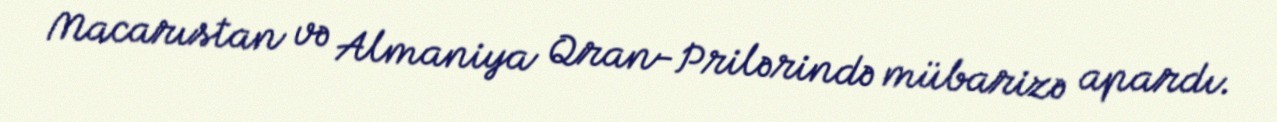
Macarıstan və Almaniya Qran-Prilərində mübarizə apardı.